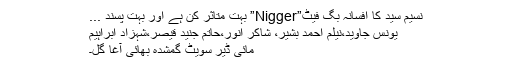
نسیم سید کا افسانہ بگ فیٹ”Nigger” بہت متاثر کن ہے اور بہت پسند ...
یونس جاوید،نیلم احمد بشیر، شاکر انور،حاتم جنید قیصر،شہزاد ابراہیم
مائی ڈیر سویٹ گمشدہ بھائی آغا گل۔